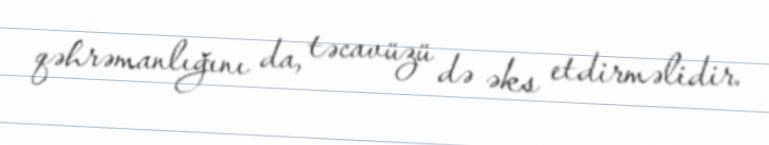
qəhrəmanlığını da, təcavüzü də əks etdirməlidir.